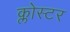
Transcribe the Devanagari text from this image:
क्लोस्टर